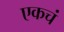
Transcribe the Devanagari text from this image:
एकचं